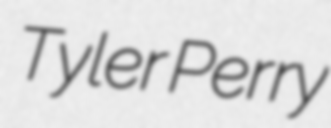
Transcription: Tyler Perry